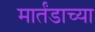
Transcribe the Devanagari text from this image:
मार्तंडाच्या